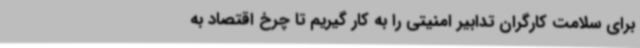
برای سلامت کارگران تدابیر امنیتی را به کار گیریم تا چرخ اقتصاد به